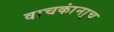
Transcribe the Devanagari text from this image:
वाचकांना्च